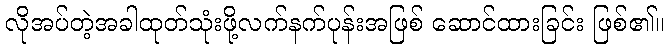
လိုအပ်တဲ့အခါထုတ်သုံးဖို့လက်နက်ပုန်းအဖြစ် ဆောင်ထားခြင်း ဖြစ်၏။